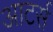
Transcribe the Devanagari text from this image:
आटर्स